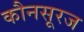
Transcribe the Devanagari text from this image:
कौनसूरज